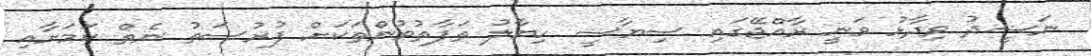
ނަޝީދު ވިދާޅު ވަނީ ރާއްޖޭގައި ސިޔާސީ ހިޔާލު ތަފާތުވުންތަކަށް ފުރުސަތު ނެތް ކަމަށާއި